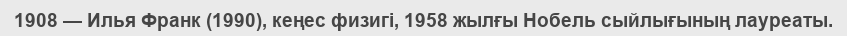
1908 — Илья Франк (1990), кеңес физигі, 1958 жылғы Нобель сыйлығының лауреаты.